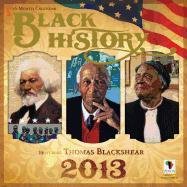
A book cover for Black History 16-Month Calendar; Calendars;